Insane asylums Bombay 1873-77 - 1873-1877
Year: 1873
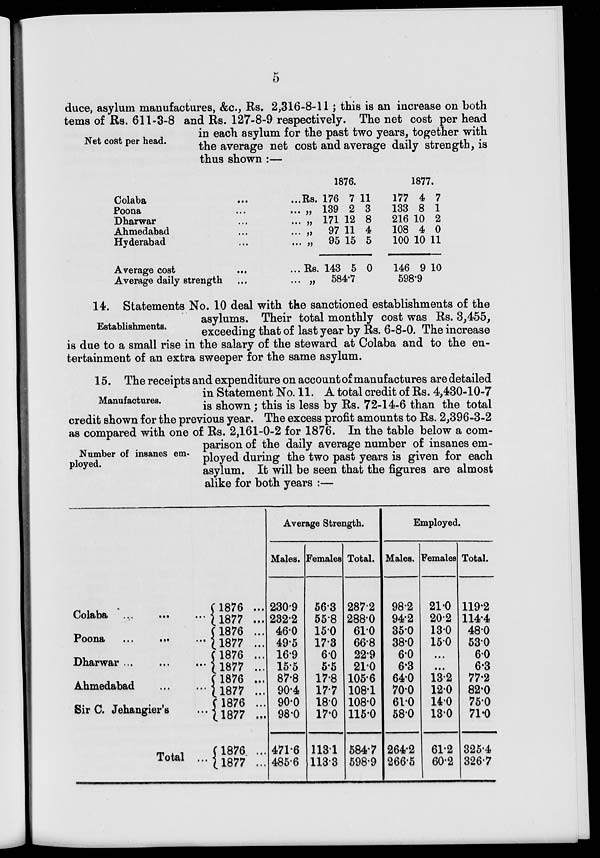
5
Net cost per head.
duce, asylum manufactures, &c., Rs. 2,316-8-11; this is an increase on both
tems of Rs. 611-3-8 and Rs. 127-8-9 respectively. The net cost per head
in each asylum for the past two years, together with
the average net cost and average daily strength, is
thus shown :—
Colaba ... ...
Poona ...
Dharwar ...
Ahmedabad ...
Hyderabad ...
Average cost ...
Average daily strength ...
1876.
Rs.
... „
... „
...
„
...
„
... Rs.
... „
176
139
171
97
95
143
7
2
12
11
15
5
11
3
8
4
5
0
584.7
1877.
177
133
216
108
100
146
4
8
10
4
10
9
7
1
2
0
11
10
598.9
Establishments.
14. Statements No. 10 deal with the sanctioned establishments of the
asylums. Their total monthly cost was Rs. 3,455,
exceeding that of last year by Rs. 6-8-0. The increase
is due to a small rise in the salary of the steward at Colaba and to the en-
tertainment of an extra sweeper for the same asylum.
Manufactures.
Number of insanes em-
ployed.
15. The receipts and expenditure on account of manufactures are detailed
in Statement No. 11. A total credit of Rs. 4,430-10-7
is shown ; this is less by Rs. 72-14-6 than the total
credit shown for the previous year. The excess profit amounts to Rs. 2,396-3-2
as compared with one of Rs. 2,161-0-2 for 1876. In the table below a com-
parison of the daily average number of insanes em-
ployed during the two past years is given for each
asylum. It will be seen that the figures are almost
alike for both years :—
Colaba ...
...
Poona ...
...
Dharwar ... ...
Ahmedabad ... ...
Sir C. Jehangier's ...
Total ...
1876 ...
1877 ...
1876 ...
1877 ...
1876 ...
1877 ...
1876 ...
1877 ...
1876 ...
1877 ...
1876 ...
1877 ...
Average Strength.
Males.
230.9
232.2
46.0
49.5
16.9
15.5
87.8
90.4
90.0
98.0
471.6
485.6
Females
56.3
55.8
15.0
17.3
6.0
5.5
17.8
17.7
18.0
17.0
113.1
113.3
Total.
287.2
288.0
61.0
66.8
22.9
21.0
105.6
108.1
108.0
115.0
584.7
598.9
Employed.
Males.
98.2
94.2
35.0
38.0
6.0
6.3
64.0
70.0
61.0
58.0
264.2
266.5
Females
21.0
20.2
13.0
15.0
...
...
13.2
12.0
14.0
13.0
61.2
60.2
Total.
119.2
114.4
48.0
53.0
6.0
6.3
77.2
82.0
75.0
71.0
325.4
326.7